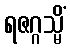
ရဇဂ္ဂသ္မိံ